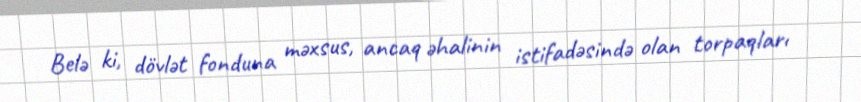
Belə ki, dövlət fonduna məxsus, ancaq əhalinin istifadəsində olan torpaqları